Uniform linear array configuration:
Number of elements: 4
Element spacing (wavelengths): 0.75
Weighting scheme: hann
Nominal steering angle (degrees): -15
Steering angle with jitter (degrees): -14.365
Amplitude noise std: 0.05
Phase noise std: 0.05

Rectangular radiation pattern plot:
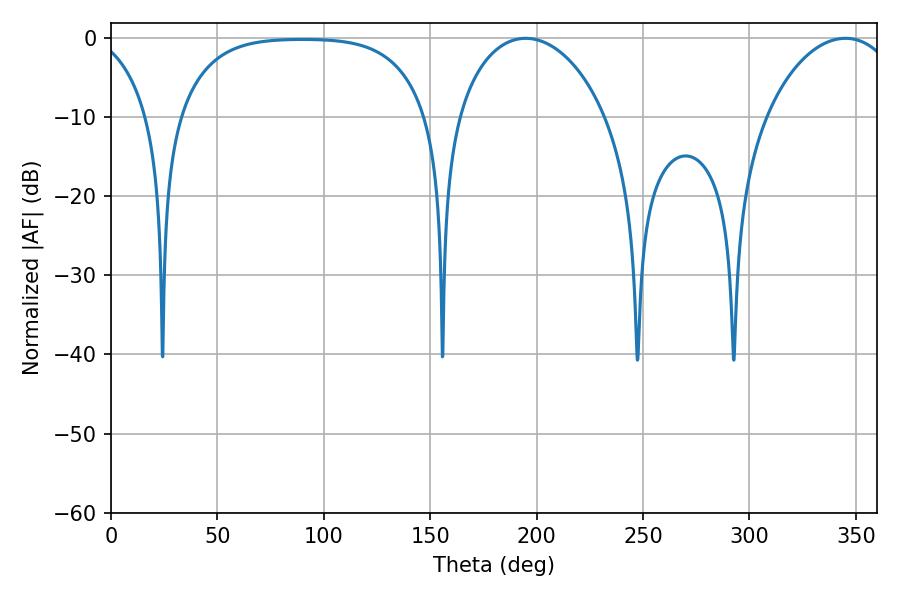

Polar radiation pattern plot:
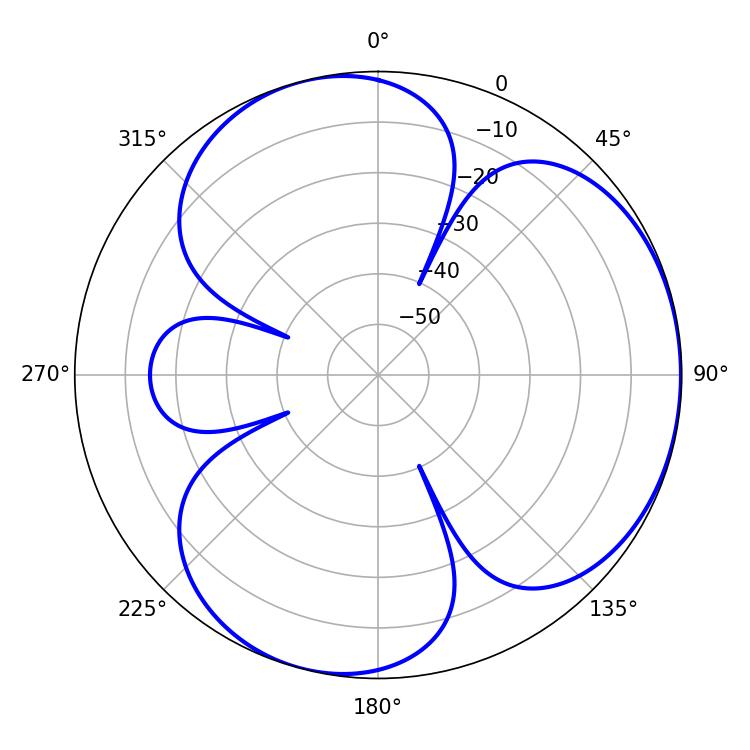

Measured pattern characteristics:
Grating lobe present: TRUE
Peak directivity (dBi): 3.833
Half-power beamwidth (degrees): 40.32
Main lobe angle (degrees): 194.94